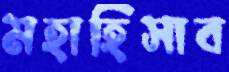
মহাহিসাব